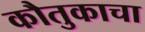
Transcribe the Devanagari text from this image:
कौतुकाचा